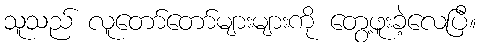
သူသည် လူတော်တော်များများကို တွေ့ဖူးခဲ့လေပြီ။